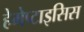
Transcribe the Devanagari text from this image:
हेमेप्टाइसिस